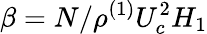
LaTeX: \beta=N/\rho^{(1)}U_{c}^{2}H_{1}